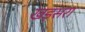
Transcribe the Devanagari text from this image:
खड़सरा